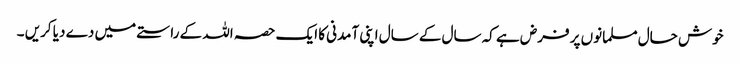
خوش حال مسلمانوں پر فرض ہے کہ سال کے سال اپنی آمدنی کا ایک حصہ اللہ کے راستے میں دے دیا کریں ۔